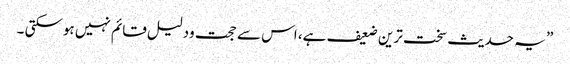
” یہ حدیث سخت ترین ضعیف ہے، اس سے حجت ودلیل قائم نہیں ہوسکتی ۔